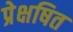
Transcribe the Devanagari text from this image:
प्रेक्षषित